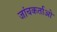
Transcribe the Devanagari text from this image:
जांचकर्ताओ